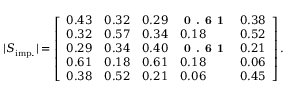
| S _ { \mathrm { i m p . } } | = \left[ \begin{array} { l l l l l } { { 0 . 4 3 } } & { { 0 . 3 2 } } & { { 0 . 2 9 } } & { \textbf { 0 . 6 1 } } & { { 0 . 3 8 } } \\ { { 0 . 3 2 } } & { { 0 . 5 7 } } & { { 0 . 3 4 } } & { { 0 . 1 8 } } & { { 0 . 5 2 } } \\ { { 0 . 2 9 } } & { { 0 . 3 4 } } & { { 0 . 4 0 } } & { \textbf { 0 . 6 1 } } & { { 0 . 2 1 } } \\ { { 0 . 6 1 } } & { { 0 . 1 8 } } & { { 0 . 6 1 } } & { { 0 . 1 8 } } & { { 0 . 0 6 } } \\ { { 0 . 3 8 } } & { { 0 . 5 2 } } & { { 0 . 2 1 } } & { { 0 . 0 6 } } & { { 0 . 4 5 } } \end{array} \right] .